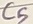
Text: C5